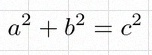
a^2+b^2=c^2